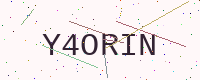
Text: Y4ORIN